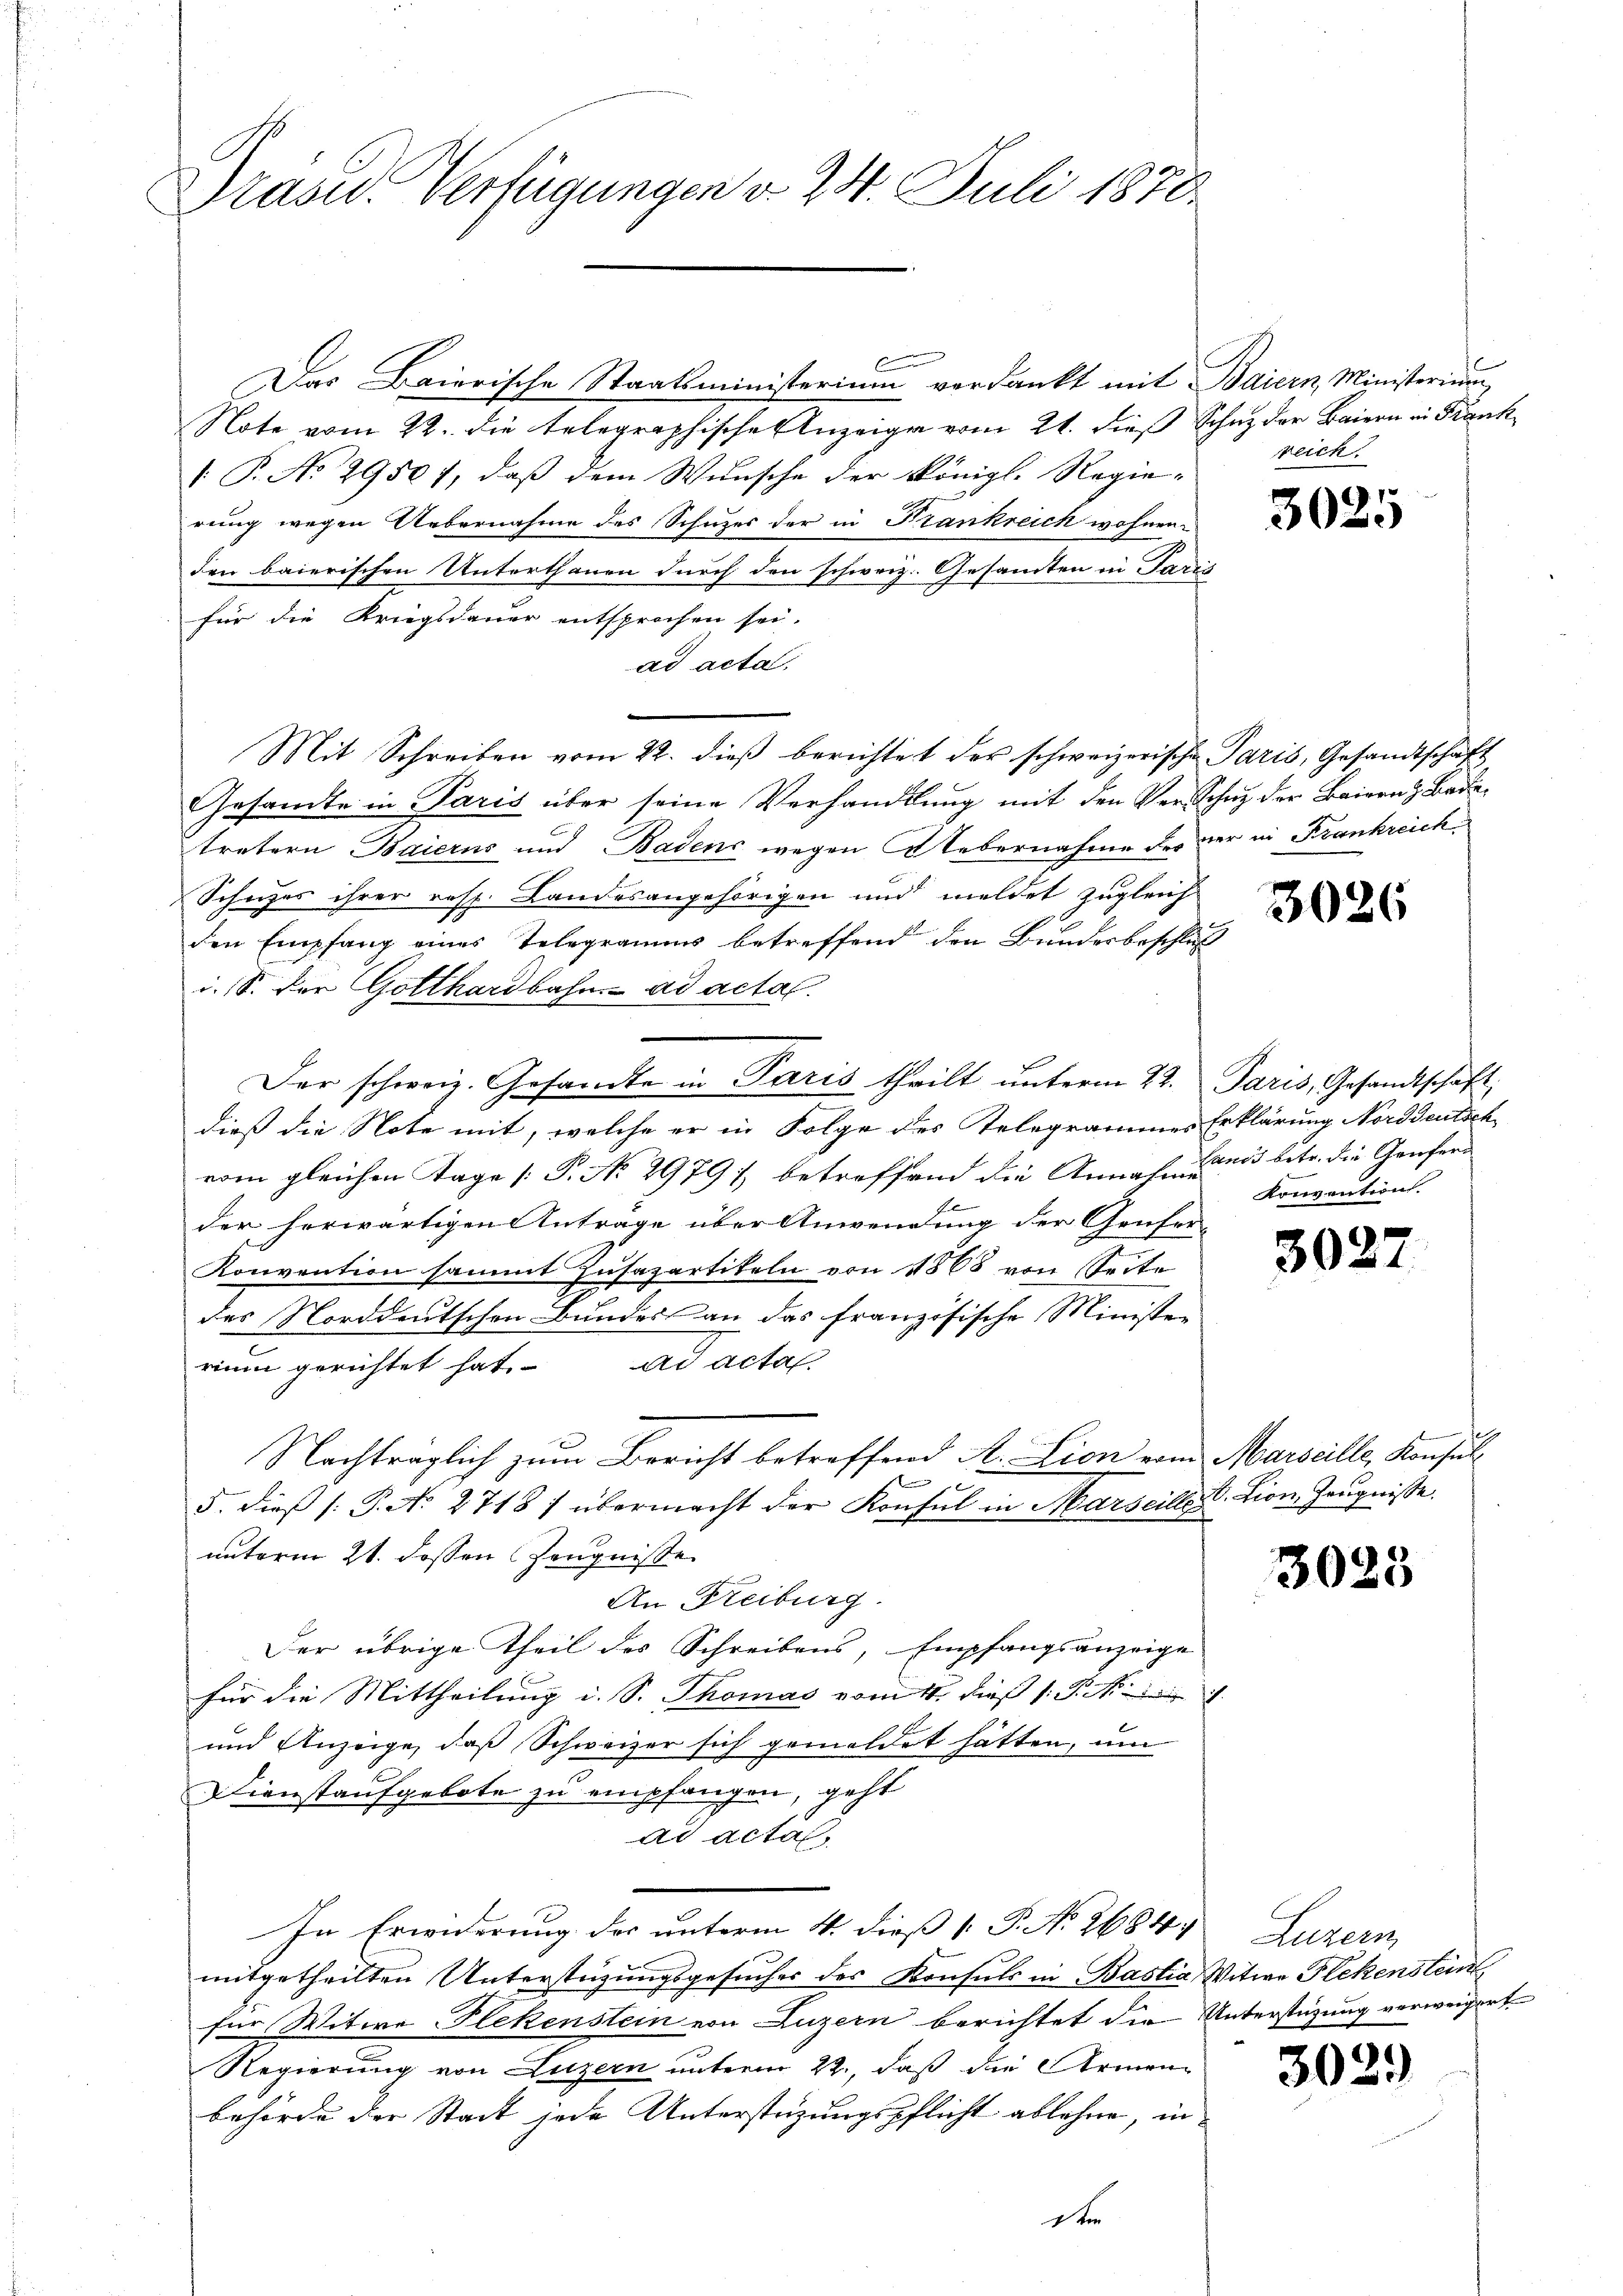
Präsid.. Verfügungen d. 24. Juli 1870.

6
Das Baierische Staatsministerium verdankt mit Baiern, Ministerium
Note vom 22. die telegraphische Anzeiger vom 21. dieß Schuz der Baiern in Frank
 P. No 29501, daß dem Wunsche der Königl. Regie-
rung wegen Uebernahme des Schuzes der in Frankreich wohnenden baierischen Unterthanen durch den schweiz. Gesamten in Paris
für die Kriegsdauer entsprochen sei.
ad acta.
Mit Schreiben vom 22. dieß berichtet der schweizerische Paris, Gesandtschaft
Gesandte in Paris über seine Verhandlŭng mit den Ver-Schutz der Baiern Badetretern Baierns und Badens wegen Uebernahme des der in Frankreich
Schutzes ihrer resp. Landesangehörigen und meldet zugleich
den Empfang eines Telegramms betreffend den Bundesbeschluß
i. S. der Gotthardbahn. ad acta.
Der schweiz. Gesandte in Paris theilt unterm 22.
dieß die Note mit, welche er in Folge des Telegrammes Erklärung Norddeutsch
vom gleichen Tage [P. No 2979 1 betreffend die Annahme betr. die Genfere
der herwärtigen Anträge über Anwendung der Genfer-
Konvention sammt Zusapartikeln von 1868 von Seite
des Norddeutschen Bundes an das französische Ministen
rium gerichtet hat. ad acta
Nachträglich zum Bericht betreffend A. Lion von Marseille, Konsul¬

5. dieß (: P. No 2718) übermacht der Konsul in Marseilles
unterm 21. dessen Zeugnisse
An Freiburg.
Der übrige Theil des Schreibens, Empfangsanzeige
für die Mittheilung i. S. Thomas vom 11. dieß 1. P. Nr.
und Anzeige, daß Schweizer sich gemeldet hätten, um
Dienstaufgebote zu empfangen, geht
ad actal
In Erwiderung des unterm 4. dieß 1 P. No. 2684, Luzern
mitgetheilten Unterstüzungsgesucher des Konsuls in Bastia, Witwe Flekenstein
für Witwe Flekenstein von Luzern berichtet die Unterstützung verweigert
Regierung von Luzern unterm 22., daß die Armen-
behörde der Stadt jede Unterstüzungspflicht ablehne, in
D

reich

3025

3026

Paris, Gesandtschaft
Konvention.

3027

V. Lion, Zeugnisse.

3023

3029)